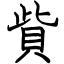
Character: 貲